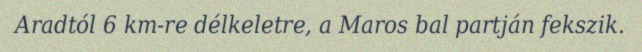
Aradtól 6 km-re délkeletre, a Maros bal partján fekszik.